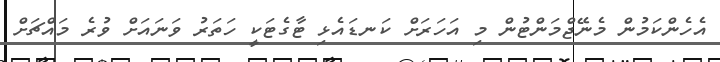
އެހެންކަމުން މެނޭޖްމަންޓުން މި އަހަރަށް ކަނޑައެޅި ޓާގެޓަކީ ހަތަރު ވަނައަށް ވުރެ މައްޗަށް